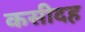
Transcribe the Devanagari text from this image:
कसीदह